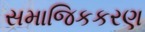
સમાજિકકરણ